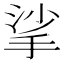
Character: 挲